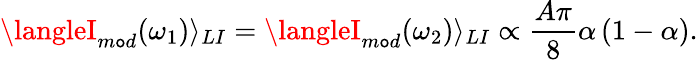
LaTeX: \langleI_{m\mathtt{o}d}(\omega_{1})\rangle_{LI}=\langleI_{m\mathtt{o}d}(\omega_{2})\rangle_{LI}\propto\frac{{A\pi}}{{8}}\alpha\left(1-\alpha\right).